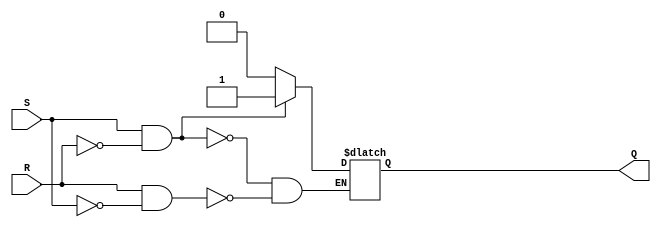
module sr_latch (
    input S,
    input R,
    output reg Q
);

always @ (S, R)
begin
    if (S && !R)
        Q <= 1;
    else if (R && !S)
        Q <= 0;
    // Undefined state when both inputs are high
end

endmodule